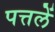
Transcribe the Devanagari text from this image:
पत्तलें